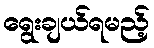
ရွေးချယ်ရမည့်